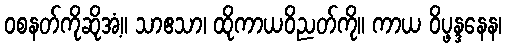
ဝစနတ်ကိုဆိုအံ့။ သာဧသာ၊ ထိုကာယဝိညတ်ကို။ ကာယ ဝိပ္ဖန္ဒနေန၊